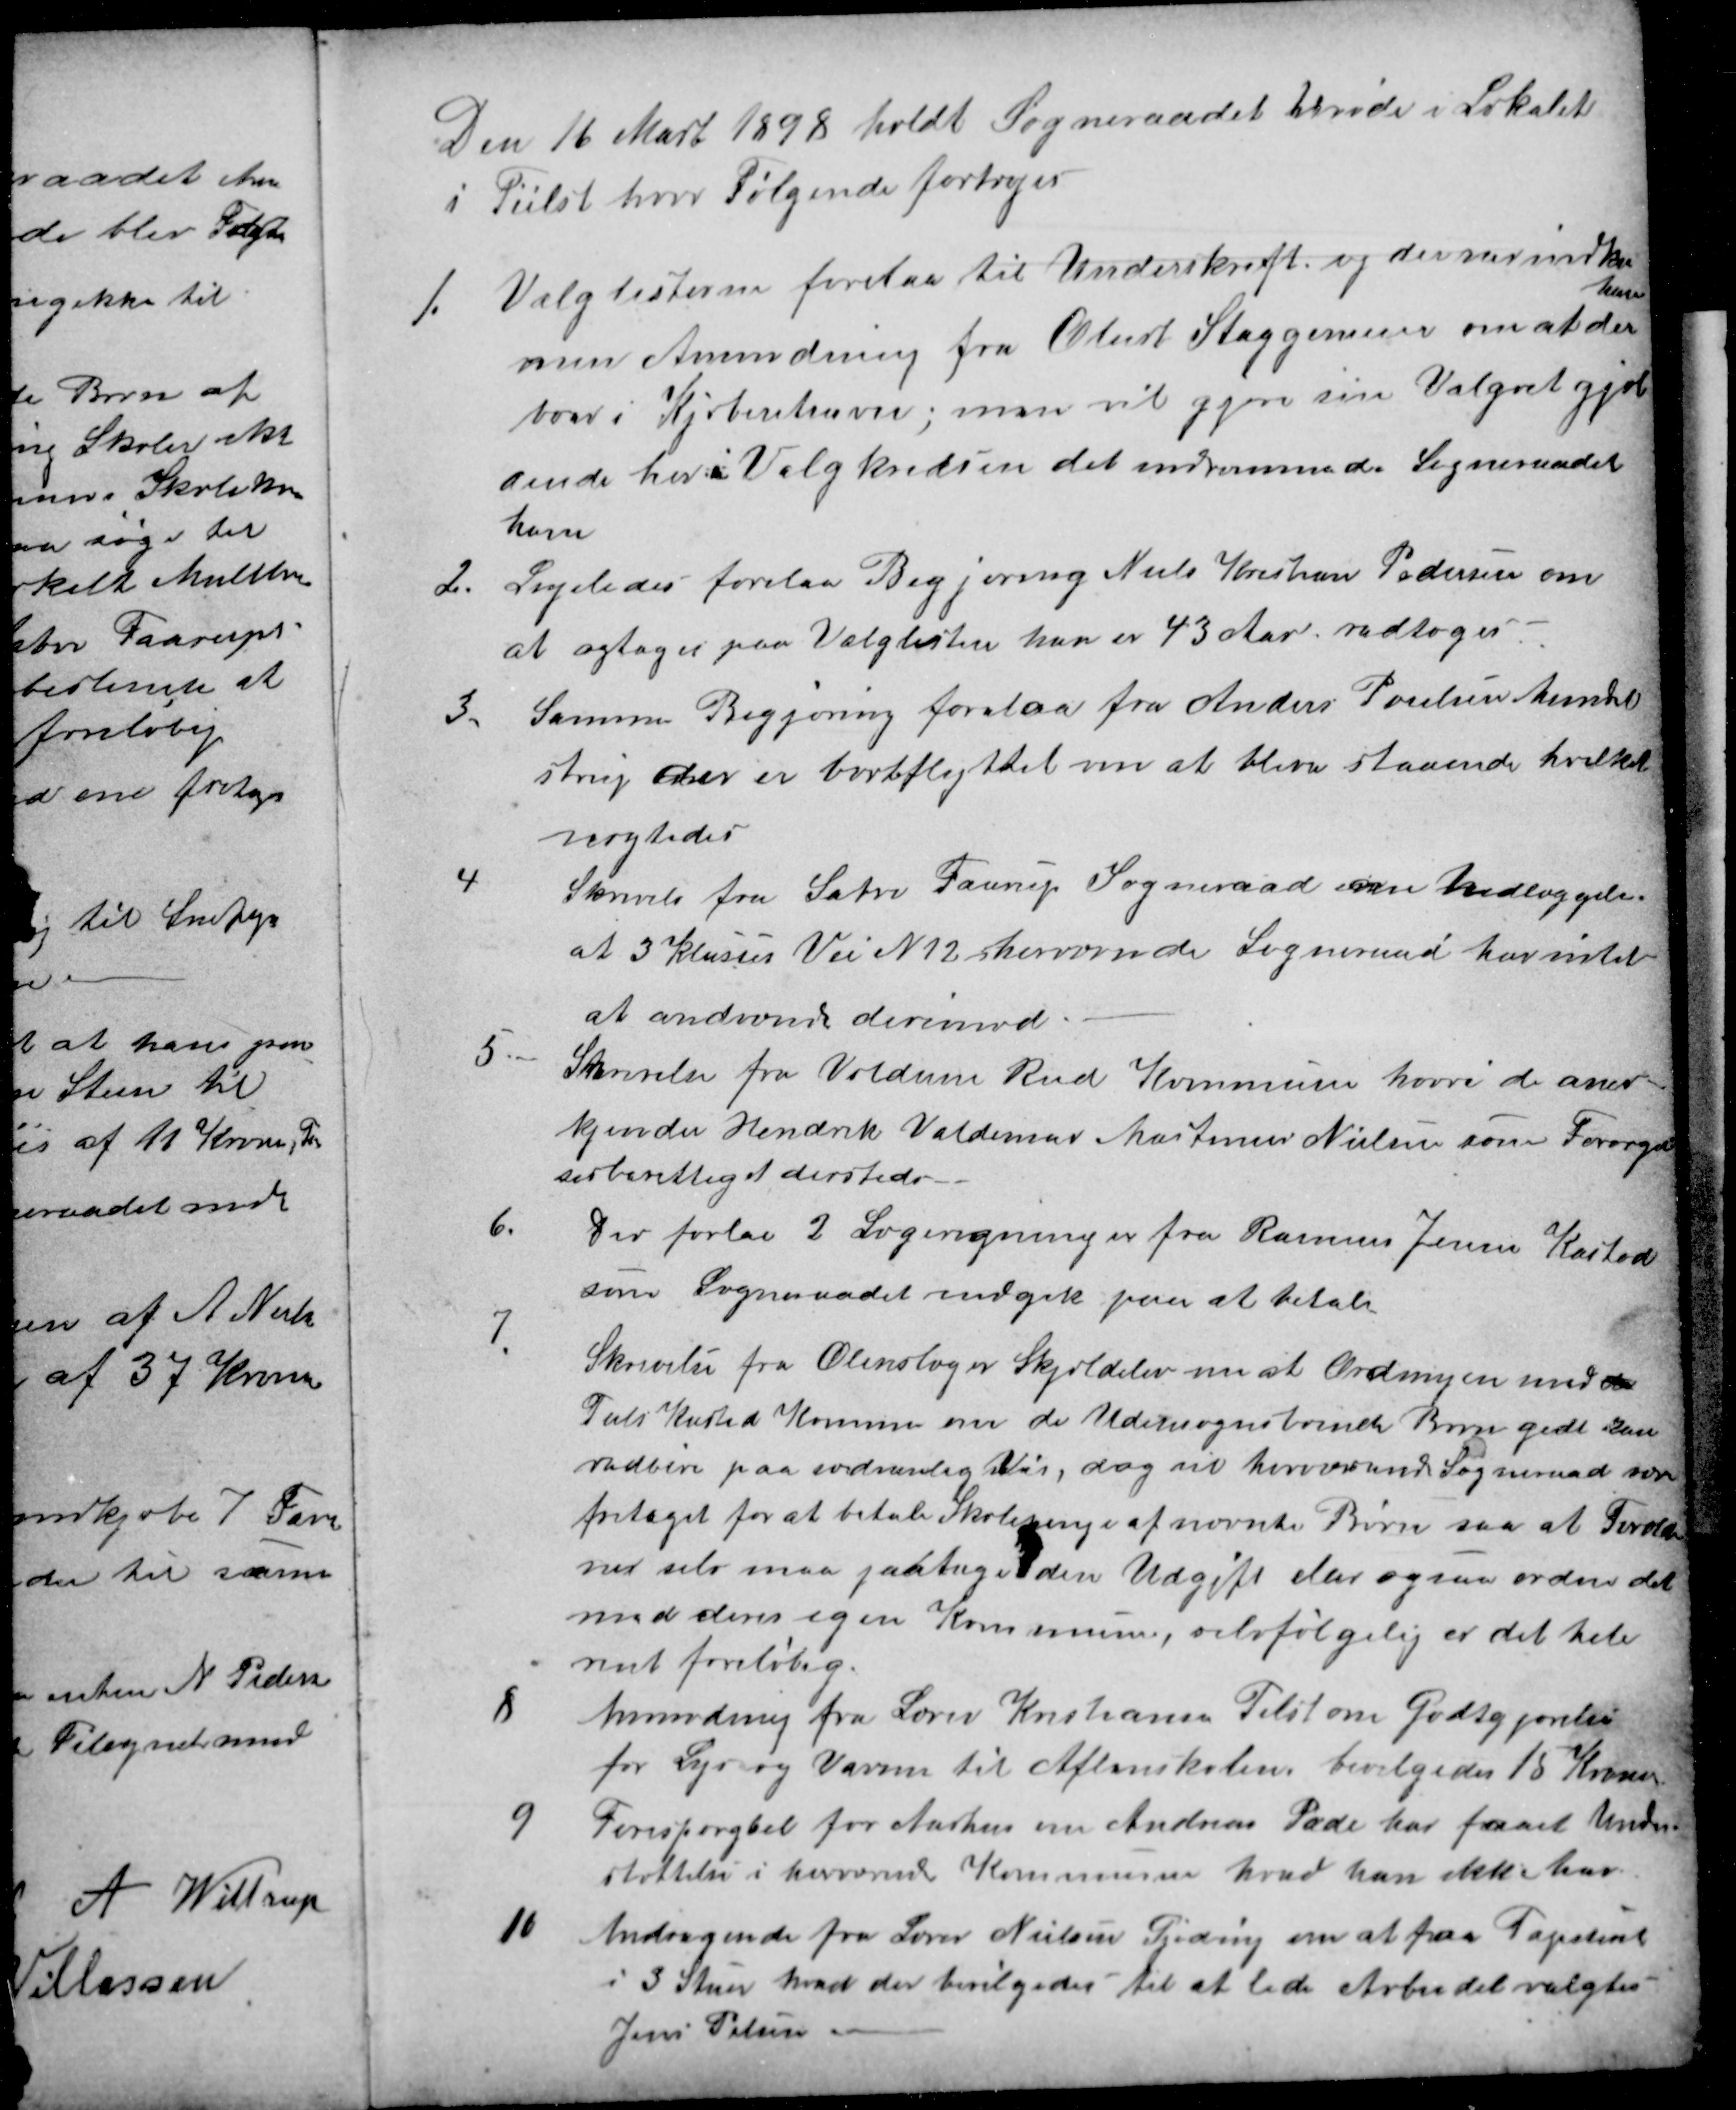
Transskription:
Den 16 Marts 1898 holdt Sogneraadet Møde i Lokalet
i Tiilst hvor følgende fortages
1.
Valglisterne forelaa til Underskrift og der var indkom
men Anmodning fra Oberst Staggemeier om at der
han
boer i Kjøbenhavn; men vil gjøre sin Valgret gjæl
dende her i Valgkredsen det indrømmede Sogneraadet
ham
2.
Ligeledes forelaa Begjæring Niels Kristian Pedersen om
at optages paa Valglisten han er 43 Aar. vedtoges.
3.
Samme Begjæring forelaa fra Anders Poulsen Mundel
strup der er bortflyttet om at blive staaende hvilket
nægtedes
4
Skrivelse fra Sabro Faarup Sogneraad om Udlæggelse
at 3 Klasses Vei N 12 herværende Sogneraad har intet
at andvende derimod.
5.
Skrivelse fra Voldum Rud Kommune hvori de aner-
kjender Hendrik Valdemar Martinus Nielsen som Forsørgel
sesberettiget dersteds
6.
Der forlaa 2 Lægeregninger fra Rasmus Jensen Kasted
som Sogneraadet indgik paa at betale
7.
Skrivelse fra Ølenslager Skjoldelev nu at Ordningen med de
Tiils Kasted Komune om de Udensognsboende Børn godt kan
vedblive paa sædvanlig Vis, dog vil herværende Sogneraad være
fritaget for at betale Skolepenge af nævnte Børn saa at Forældre
ne selv maa paatage den Udgift eller ogsaa ordne det
med deres egen Kommune, selvfølgelig er det hele
rent foreløbig.
8
Anmodning fra Lærer Kristiansen Tilst om Godtgjørelse
for Lys og Varme til Aftenskolen bevilgedes 15 Kroner
9
Forespørgsel for Aarhus om Andreas Pade har faaet Unders-
støttelse i herværende Kommune hvad han ikke har
10
Andragende fra Lærer Nielsen Gjeding om at faa Tapetseret
i 3 Stuer hvad der bevilgedes til at lede Arbeidet valgtes
Jens Pelsen